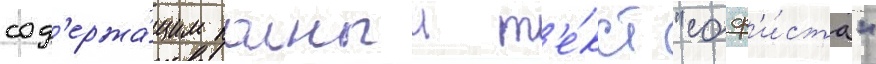
сод'ержа́щим полныи т'е́кст "соф'и́ста"